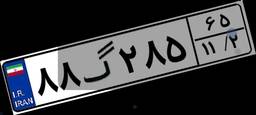
۷۶گ۲۷۰۷۸